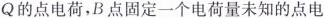
Q的点电荷，B点固定一个电荷量未知的点电